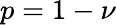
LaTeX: p=1-\nu